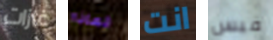
غازات لماذا انت فيس